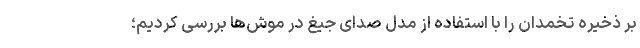
بر ذخیره تخمدان را با استفاده از مدل صدای جیغ در موش‌ها بررسی کردیم؛